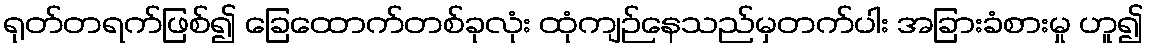
ရုတ်တရက်ဖြစ်၍ ခြေထောက်တစ်ခုလုံး ထုံကျဉ်နေသည်မှတက်ပါး အခြားခံစားမှု ဟူ၍